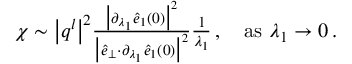
\begin{array} { r } { \chi \sim \big \vert \boldsymbol { q } ^ { l } \big \vert ^ { 2 } \frac { \big \vert \partial _ { \lambda _ { 1 } } \hat { e } _ { 1 } ( 0 ) \big \vert ^ { 2 } } { \big \vert \hat { e } _ { \perp } { \cdot } \partial _ { \lambda _ { 1 } } \hat { e } _ { 1 } ( 0 ) \big \vert ^ { 2 } } \frac { 1 } { \lambda _ { 1 } } \, , ~ ~ ~ \mathrm { a s } ~ \lambda _ { 1 } \rightarrow 0 \, . } \end{array}